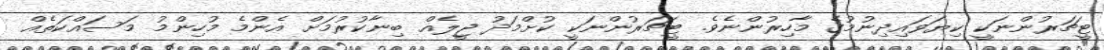
ޓީޗަރުންނަކީ ކިޔަވައިދިނުމުގެ މާހިރުންނެވެ. ޓީޗަރުންނަކީ ކުށްމަދު ޖީލެއް ބިނާކުރުމަށް އެންމެ މުހިންމު މަސައްކަތެއް